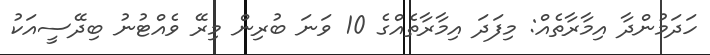
ހަދަމުންދާ އިމާރާތެއް: މިފަދަ އިމާރާތެއްގެ 10 ވަނަ ބުރިން މިރޭ ވެއްޓުނު ބިދޭސީއަކު